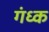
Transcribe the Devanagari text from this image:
गंध्क